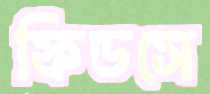
ফিডসে